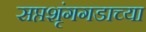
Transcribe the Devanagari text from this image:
सप्तशृंगगडाच्या